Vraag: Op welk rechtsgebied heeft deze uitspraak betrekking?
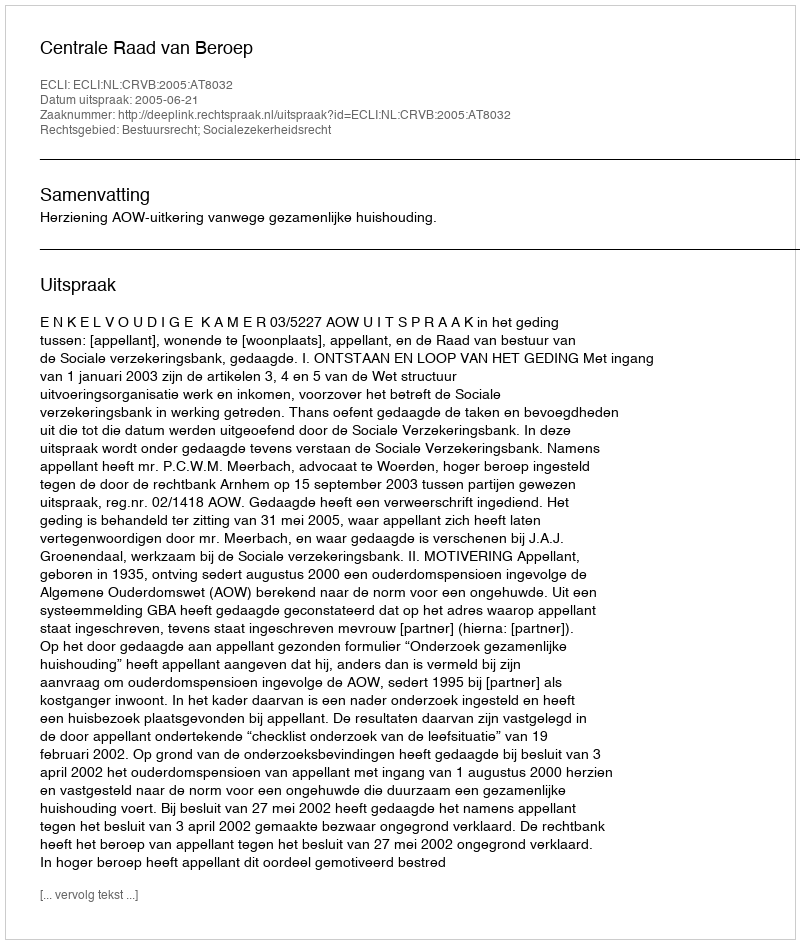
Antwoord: Bestuursrecht; Socialezekerheidsrecht